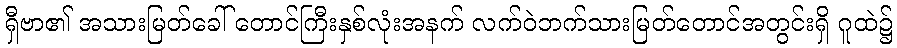
ရှီဗာ၏ အသားမြတ်ခေါ် တောင်ကြီးနှစ်လုံးအနက် လက်ဝဲဘက်သားမြတ်တောင်အတွင်းရှိ ဂူထဲ၌